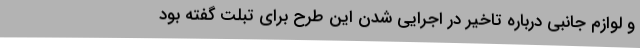
و لوازم جانبی درباره تاخیر در اجرایی شدن این طرح برای تبلت گفته بود